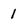
Character: 1